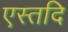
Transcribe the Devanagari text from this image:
एस्तदि